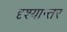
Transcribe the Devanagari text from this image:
दृश्यान्तर